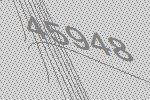
45948